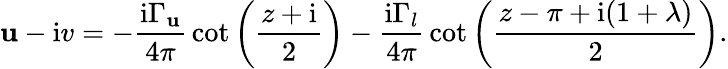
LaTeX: \mathbf{u}-\mathrm{{i}}v=-{\frac{{\mathrm{{i}}\Gamma_{\mathbf{u}}}}{{4\pi}}}\cot\left({\frac{{z+\mathrm{{i}}}}{{2}}}\right)-{\frac{{\mathrm{{i}}\Gamma_{l}}}{{4\pi}}}\cot\left({\frac{{z-\pi+\mathrm{{i}}(1+\lambda)}}{{2}}}\right).